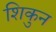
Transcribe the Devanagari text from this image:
शिकुन